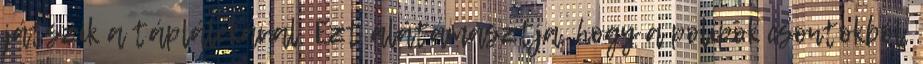
játszik a táplálékával. Ezt alátámasztja, hogy a polipok csontokból,